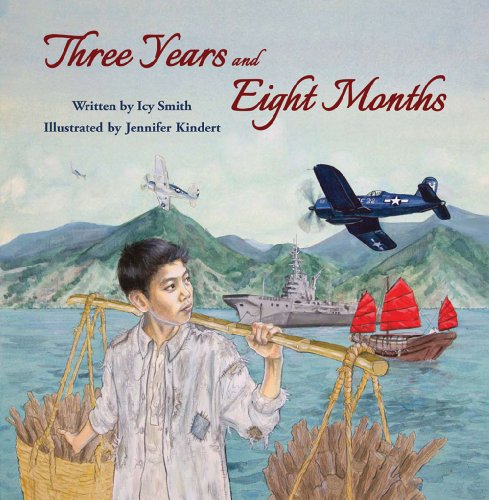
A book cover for Three Years and Eight Months; Icy Smith; Teen & Young Adult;